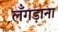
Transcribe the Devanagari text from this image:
लँगड़ाना